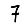
Digit: 7